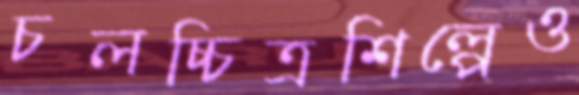
চলচ্চিত্রশিল্পেও